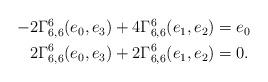
LaTeX: \begin{align*}\begin{aligned}-2 \Gamma_{6,6}^6(e_0, e_3) + 4 \Gamma_{6,6}^6(e_1,e_2) & = e_0 \\2 \Gamma_{6,6}^6(e_0,e_3) + 2 \Gamma_{6,6}^6(e_1,e_2) & = 0.\end{aligned}\end{align*}